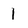
Character: 1